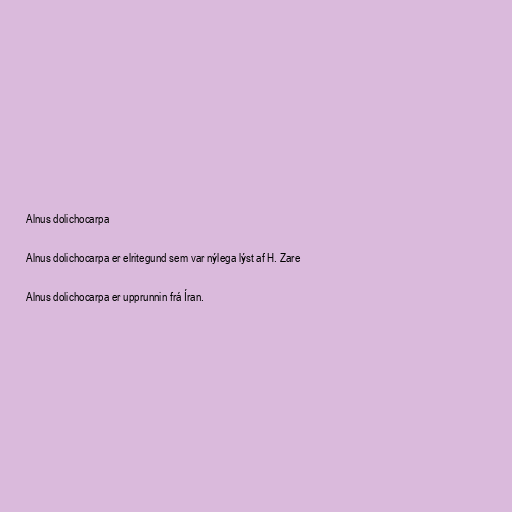
Alnus dolichocarpa

Alnus dolichocarpa er elritegund sem var nýlega lýst af H. Zare

Alnus dolichocarpa er upprunnin frá Íran.